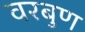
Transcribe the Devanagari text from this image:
वरबुण